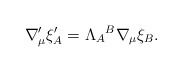
\begin{align*}\nabla _{\mu }^{\prime }\xi _{A}^{\prime }=\Lambda _{A}{}^{B}\nabla _{\mu}\xi _{B}. \end{align*}